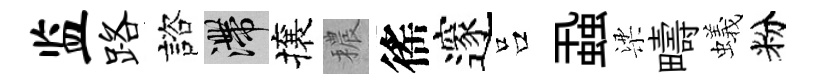
监路諮滯攘穠徭邃吕蝨梁疇蟻粉